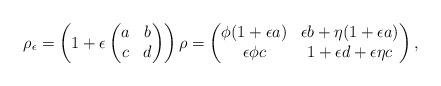
LaTeX: \begin{align*} \rho_\epsilon=\left(1+\epsilon \left(\begin{matrix}a & b \\ c & d \end{matrix}\right) \right)\rho=\left( \begin{matrix} \phi(1+\epsilon a) & \epsilon b +\eta(1+\epsilon a)\\ \epsilon\phi c & 1+\epsilon d+\epsilon\eta c \end{matrix}\right), \end{align*}